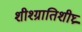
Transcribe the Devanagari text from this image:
शीश्ग्रातिशीघ्र